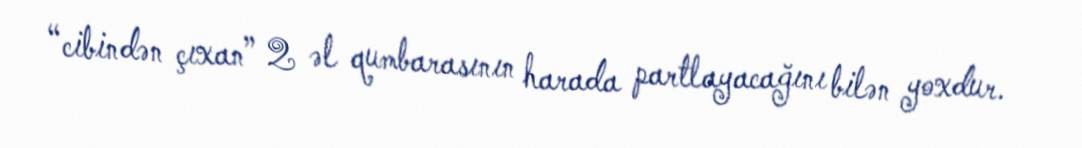
“cibindən çıxan” 2 əl qumbarasının harada partlayacağını bilən yoxdur.